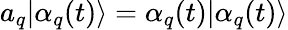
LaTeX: a_{q}|\alpha_{q}(t)\rangle=\alpha_{q}(t)|\alpha_{q}(t)\rangle